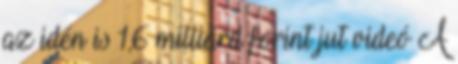
az idén is 1,6 milliárd forint jut videó A